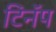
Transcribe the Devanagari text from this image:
टिनॅप